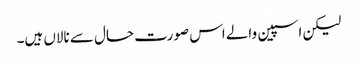
لیکن اسپین والے اس صورت حال سے نالاں ہیں۔